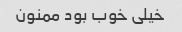
خیلی خوب بود ممنون